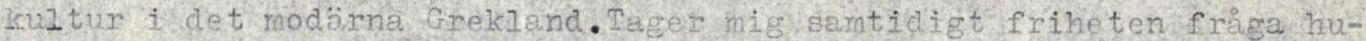
kultur i det modärna Grekland. Tager mig samtidigt friheten fråga hu-